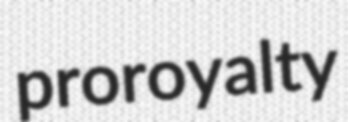
proroyalty